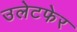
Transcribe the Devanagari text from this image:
उलेटफेर